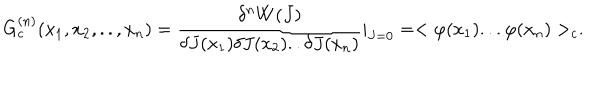
G _ { c } ^ { ( n ) } ( x _ { 1 } , x _ { 2 } , . . , x _ { n } ) = \frac { \delta ^ { n } W ( J ) } { \delta J ( x _ { 1 } ) \delta J ( x _ { 2 } ) . . \delta J ( x _ { n } ) } | _ { J = 0 } = < \varphi ( x _ { 1 } ) . . . \varphi ( x _ { n } ) > _ { c } .